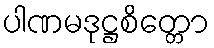
ပါဏမဒုဋ္ဌစိတ္တော